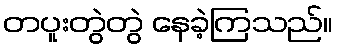
တပူးတွဲတွဲ နေခဲ့ကြသည်။